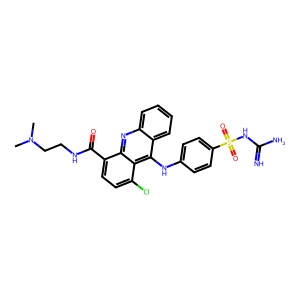
SMILES: CN(C)CCNC(=O)c1ccc(Cl)c2c(Nc3ccc(S(=O)(=O)NC(=N)N)cc3)c3ccccc3nc12
Inhibits HIV replication: No